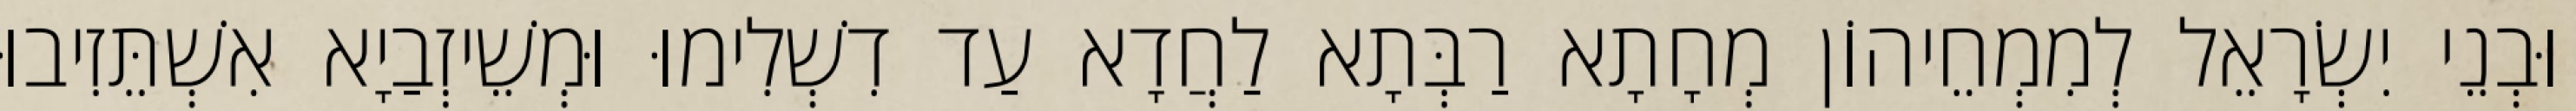
וּבְנֵי יִשְׂרָאֵל לְמִמְחֵיהוֹן מְחָתָא רַבְּתָא לַחֲדָא עַד דִשְׁלִימוּ וּמְשֵׁיזְבַיָא אִשְׁתֵּזִיבוּ